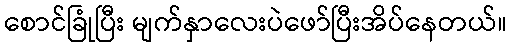
စောင်ခြုံပြီး မျက်နှာလေးပဲဖော်ပြီးအိပ်နေတယ်။